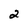
Character: 2